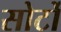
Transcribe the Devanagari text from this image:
सोर्टो